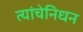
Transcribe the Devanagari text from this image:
त्यांचेनिधन